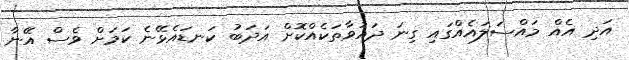
އަދި އެއް މައްސަލައެއްގައި ގިނަ ދައުވާތަކެއްކޮށް އަދަބު ކަނޑައެޅޭނެ ކަމަށް ވެސް އޭނާ